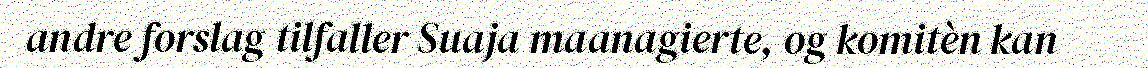
andre forslag tilfaller Suaja maanagierte, og komitèn kan